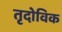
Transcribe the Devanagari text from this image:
तृदोविक